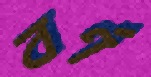
বর্ণ